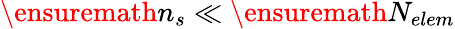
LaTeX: \ensuremath{n_{s}}\ll\ensuremath{N_{elem}}